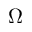
\Omega